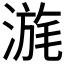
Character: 𣹪